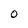
Character: O